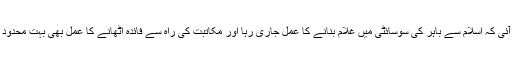
مشکل یہ پیش آئی کہ اسلام سے باہر کی سوسائٹی میں غلام بنانے کا عمل جاری رہا اور مکاتبت کی راہ سے فائدہ اٹھانے کا عمل بھی بہت محدود پیمانے پر ہوا۔